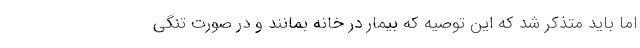
اما باید متذکر شد که این توصیه که بیمار در خانه بمانند و در صورت تنگی